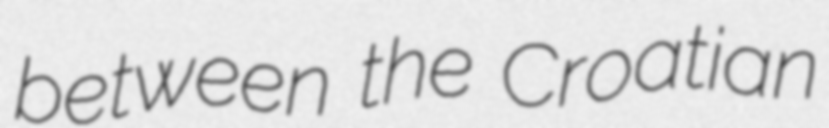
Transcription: between the Croatian